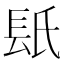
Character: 𨱡